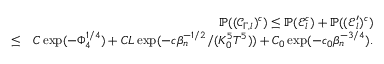
\begin{array} { r l r } & { } & { \mathbb { P } ( ( \mathscr { C } _ { \Gamma , l } ) ^ { c } ) \leq \mathbb { P } ( \mathscr { E } _ { l } ^ { c } ) + \mathbb { P } ( ( \mathscr { E } _ { l } ^ { \prime } ) ^ { c } ) } \\ & { \leq } & { C \exp ( - \Phi _ { 4 } ^ { 1 \slash 4 } ) + C L \exp ( - c \beta _ { n } ^ { - 1 \slash 2 } \slash ( K _ { 0 } ^ { 5 } T ^ { 5 } ) ) + C _ { 0 } \exp ( - c _ { 0 } \beta _ { n } ^ { - 3 \slash 4 } ) . } \\ & { } & \end{array}